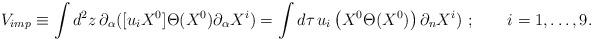
LaTeX: \begin{align*}{V}_{imp}\equiv \int d^{2}z\,\partial _{\alpha }([u_{i}X^{0}]\Theta(X^{0})\partial _{\alpha }X^{i})=\int d\tau \,u_{i}\left( X^{0}\Theta(X^{0})\right) \partial _{n}X^{i})~;\qquad i=1,\ldots ,9.\end{align*}